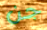
جن